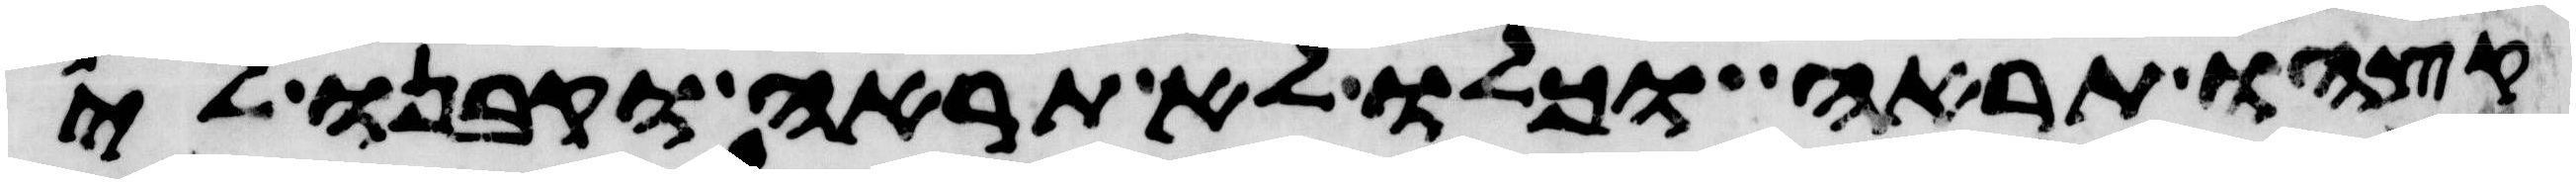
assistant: קצהו תראה וכלו לא תראה וקבנו לי